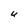
Character: U